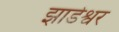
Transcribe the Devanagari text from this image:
झाडेश्वर